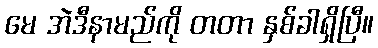
မေ အဲဒီနာမည်ကို တတာ နှစ်ခါရှိပြီ။